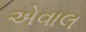
એવાલ